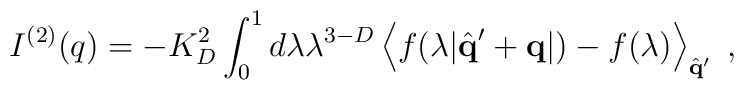
I^{(2)} ( q ) = - K_D^2 \int_0^{1}  d \lambda \lambda^{3-D} \left\langle f ( \lambda | \hat{\bf{q}}^{\prime} + {\bf{q}} | ) - f ( \lambda ) \right\rangle_{\hat{\bf{q}}^{\prime}} \; ,